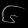
Digit: ၆